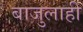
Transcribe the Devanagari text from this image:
बाजुलाही